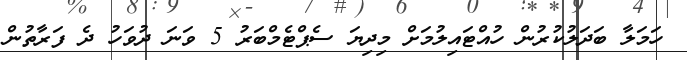
ހަމަލާ ބަދަލުކުރުން ހުއްޓައިލުމަށް މިދިޔަ ސެޕްޓެމްބަރު 5 ވަނަ ދުވަހު ދެ ފަރާތުން